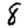
Digit: 8